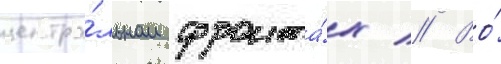
центра́льном фронта́х // Во́